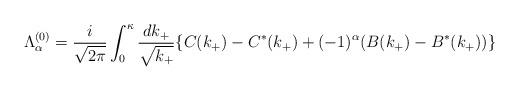
LaTeX: \begin{align*}{\Lambda}_{\alpha}^{(0)}=\frac{i}{\sqrt{2{\pi}}}\int_0^{\kappa}\frac{dk_+}{\sqrt{k_+}}\{C(k_+)-C^{\ast}(k_+)+(-1)^{\alpha}(B(k_+)-B^{\ast}(k_+))\} \end{align*}